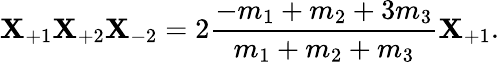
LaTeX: \mathbf{X}_{+1}\mathbf{X}_{+2}\mathbf{X}_{-2}=2\frac{{-m_{1}+m_{2}+3m_{3}}}{{m_{1}+m_{2}+m_{3}}}\mathbf{X}_{+1}.